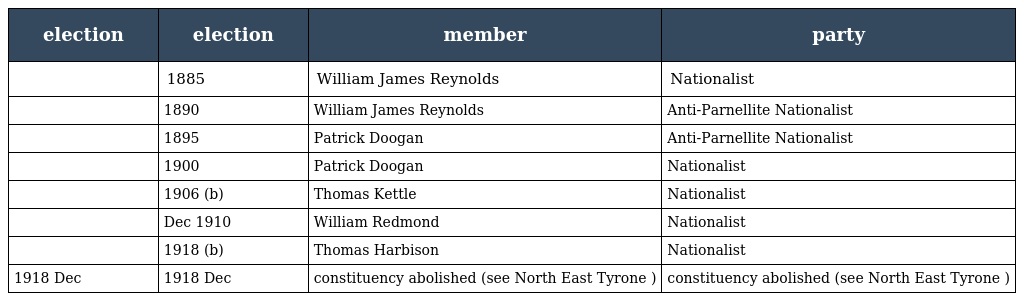
| election | election | member | party |
 | --- | --- | --- | --- |
 |  | 1885 | William James Reynolds | Nationalist |
 |  | 1890 | William James Reynolds | Anti-Parnellite Nationalist |
 |  | 1895 | Patrick Doogan | Anti-Parnellite Nationalist |
 |  | 1900 | Patrick Doogan | Nationalist |
 |  | 1906 (b) | Thomas Kettle | Nationalist |
 |  | Dec 1910 | William Redmond | Nationalist |
 |  | 1918 (b) | Thomas Harbison | Nationalist |
 | 1918 Dec | 1918 Dec | constituency abolished (see North East Tyrone ) | constituency abolished (see North East Tyrone ) |